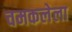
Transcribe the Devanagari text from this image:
चमकलेला